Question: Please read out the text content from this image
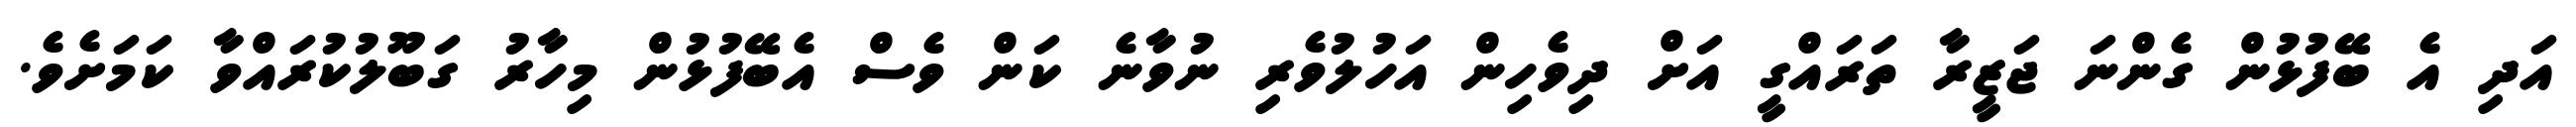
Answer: އަދި އެ ބޭފުޅުން ގެންނަ ޖަޒީރާ ތަރައްގީ އަށް ދިވެހިން އަހުލުވެރި ނުވާނެ ކަން ވެސް އެބޭފުޅުން މިހާރު ގަބޫލުކުރައްވާ ކަމަށެވެ.